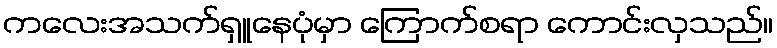
ကလေးအသက်ရှူနေပုံမှာ ကြောက်စရာ ကောင်းလှသည်။